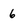
Character: 6